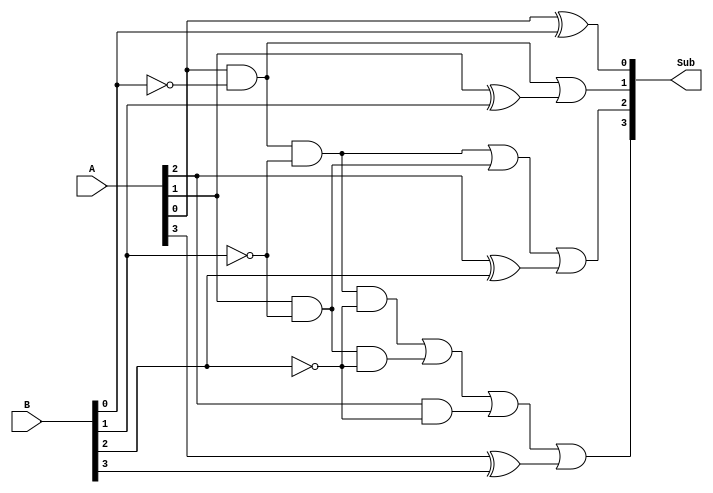
module gate_level_subtractor (
input wire [3:0] A,
input wire [3:0] B,
output reg [3:0] Sub
);

assign Sub[0] = A[0] ^ B[0];
assign Sub[1] = (A[0] & ~B[0]) | (A[1] ^ B[1]);
assign Sub[2] = ((A[0] & ~B[0] & ~B[1]) | (A[1] & ~B[1])) | (A[2] ^ B[2]);
assign Sub[3] = ((A[0] & ~B[0] & ~B[1] & ~B[2]) | (A[1] & ~B[1] & ~B[2]) | (A[2] & ~B[2])) | (A[3] ^ B[3]);

endmodule